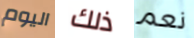
اليوم ذلك نعم